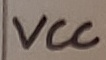
Text: VCC